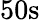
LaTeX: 50\textrm{s}